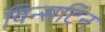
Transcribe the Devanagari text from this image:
विन्सटिन